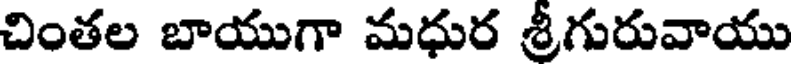
చింతల బాయుగా మధుర శ్రీగురువాయు